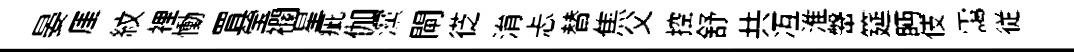
晏厓紋裡慟罝瑩襴星疵伽灙閘徔㳙忐替焦父控舒共冱淮鞶筵眄伎靄従